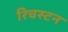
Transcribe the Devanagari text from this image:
रिचस्टन